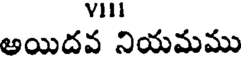
అయిదవ నియమము